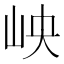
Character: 岟